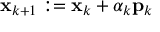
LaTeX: \mathbf { x } _ { k + 1 } : = \mathbf { x } _ { k } + \alpha _ { k } \mathbf { p } _ { k }